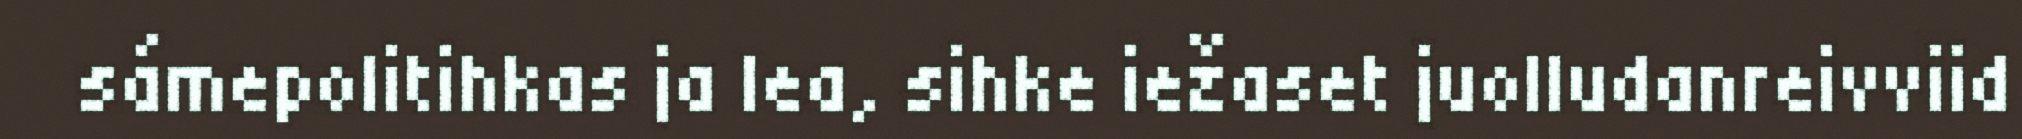
sámepolitihkas ja lea, sihke iežaset juolludanreivviid